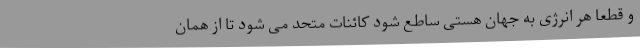
و قطعا هر انرژی به جهان هستی ساطع شود کائنات متحد می شود تا از همان